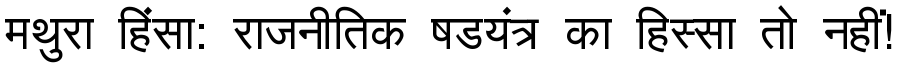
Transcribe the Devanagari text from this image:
मथुरा हिंसा: राजनीतिक षडयंत्र का हिस्सा तो नहीं!